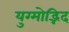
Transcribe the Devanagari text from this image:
युग्मोद्भिद